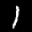
Label: 1